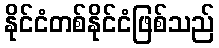
နိုင်ငံတစ်နိုင်ငံဖြစ်သည်